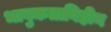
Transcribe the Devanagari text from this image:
भावुकताविहीन